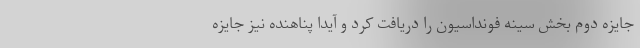
جایزه دوم بخش سینه فونداسیون را دریافت کرد و آیدا پناهنده نیز جایزه